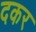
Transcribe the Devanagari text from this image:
दकर